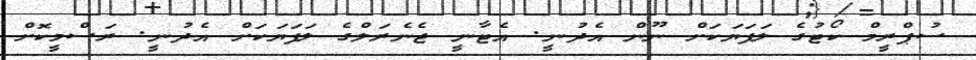
ސުޕްރީމް ކޯޓުގެ ލަފަޔަކަށް ނޫން އެދުނީ. އެޓާނީ ޖެނެރަލްގެ ލަފަޔަކަށް އެދުނީ. ރަސްމީކޮށް